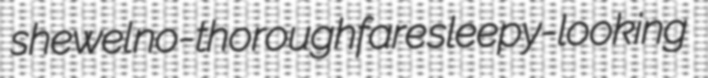
shewel no-thoroughfare sleepy-looking